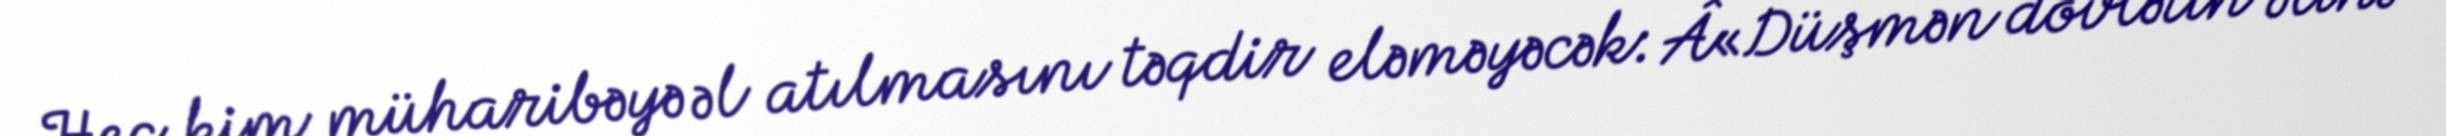
Heç kim müharibəyə əl atılmasını təqdir eləməyəcək: Â«Düşmən dövlətin əlinə